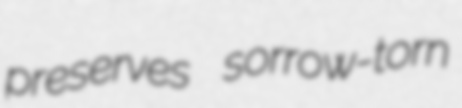
preserves sorrow-torn